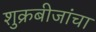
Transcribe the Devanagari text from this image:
शुक्रबीजांचा